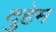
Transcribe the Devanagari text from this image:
दुहेम